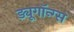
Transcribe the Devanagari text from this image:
ड्यूगॉन्ग्स